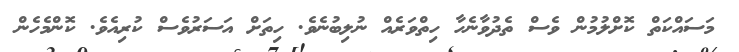
މަސައްކަތް ކޮށްލުމުން ވެސް ތެދުވާނެހާ ހިތްވަރެއް ނުލިބުނެވެ. ހިތަށް އަސަރުވެސް ކުރިއެވެ. ކޮންމެހެން